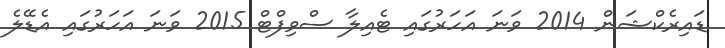
ޑައިރެކްޝަން 2014 ވަނަ އަހަރުގައި ޓެއިލާ ސްވިފްޓް 2015 ވަނަ އަހަރުގައި އެޑޭލެ